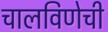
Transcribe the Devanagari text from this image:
चालविणेची